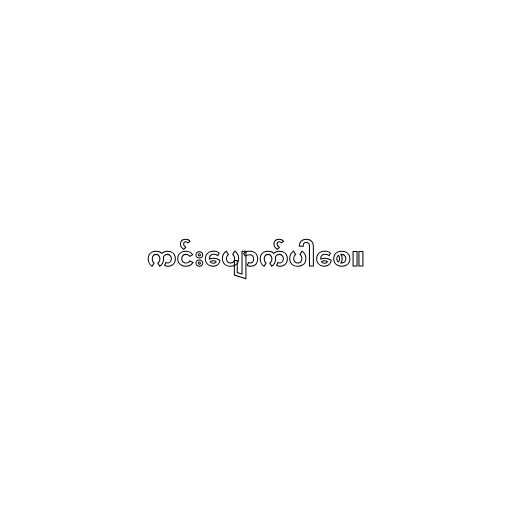
ကင်းပျောက်ပါစေ။